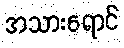
အသားရောင်